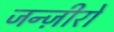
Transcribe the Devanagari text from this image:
जन्ज़ीरों